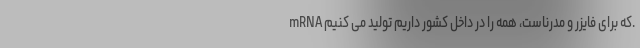
mRNA که برای فایزر و مدرناست، همه را در داخل کشور داریم تولید می کنیم.